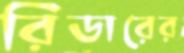
রিডারের